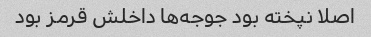
اصلا نپخته بود جوجه‌ها داخلش قرمز بود